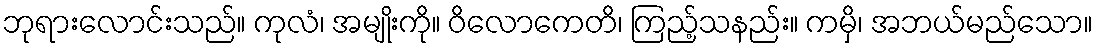
ဘုရားလောင်းသည်။ ကုလံ၊ အမျိုးကို။ ဝိလောကေတိ၊ ကြည့်သနည်း။ ကမှိ၊ အဘယ်မည်သော။